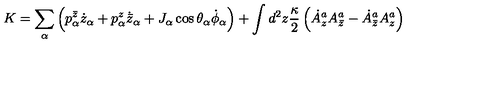
K = \sum _ { \alpha } \left( p _ { \alpha } ^ { \bar { z } } \dot { z } _ { \alpha } + p _ { \alpha } ^ { z } \dot { { \bar { z } } } _ { \alpha } + J _ { \alpha } \cos \theta _ { \alpha } \dot { \phi } _ { \alpha } \right) + \int d ^ { 2 } z { \frac { \kappa } { 2 } } \left( \dot { A } _ { z } ^ { a } A _ { \bar { z } } ^ { a } - \dot { A } _ { \bar { z } } ^ { a } A _ { z } ^ { a } \right)